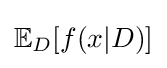
\mathbb {E} _{D}[f(x|D)]